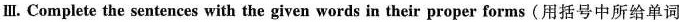
Ⅲ.Complete the sentences with the given words in their proper forms (用括号中所给单词